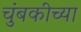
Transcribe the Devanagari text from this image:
चुंबकीच्या